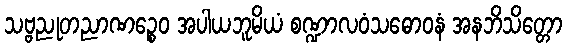
သဗ္ဗညုတညာဏဉ္စေဝ အပါယဘူမိယံ စဏ္ဍာလဝံသဓောဝနံ အနဘိသိတ္တော